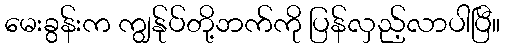
မေးခွန်းက ကျွန်ုပ်တို့ဘက်ကို ပြန်လှည့်လာပါပြီ။